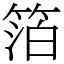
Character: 箔